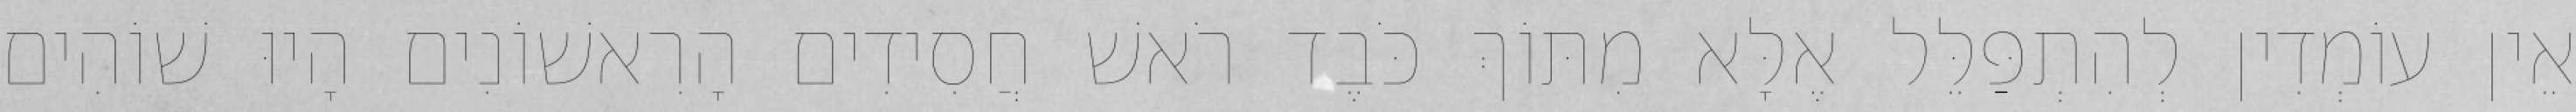
אֵין עוֹמְדִין לְהִתְפַּלֵּל אֶלָּא מִתּוֹךְ כֹּבֶד רֹאשׁ חֲסִידִים הָרִאשׁוֹנִים הָיוּ שׁוֹהִים